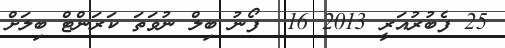
25 ފެބުރުއަރީ 2013 16  ފޯނު ބިލް ނުވަތަ ކަރަންޓް ބިލަށް